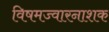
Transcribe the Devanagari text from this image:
विषमज्वारनाशक